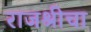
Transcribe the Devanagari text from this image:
राजश्रीचा